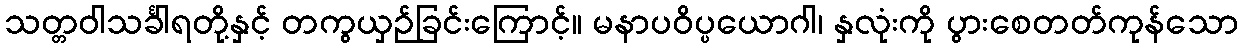
သတ္တဝါသင်္ခါရတို့နှင့် တကွယှဉ်ခြင်းကြောင့်။ မနာပဝိပ္ပယောဂါ၊ နှလုံးကို ပွားစေတတ်ကုန်သော